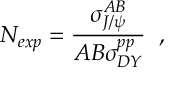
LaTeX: { \cal N } _ { e x p } = { \frac { \sigma _ { J / \psi } ^ { A B } } { A B \sigma _ { D Y } ^ { p p } } } \; \; ,